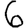
Digit: 6